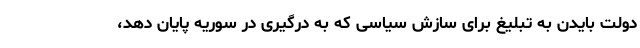
دولت بایدن به تبلیغ برای سازش سیاسی که به درگیری در سوریه پایان دهد،